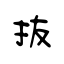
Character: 抜